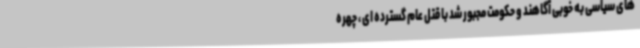
های سیاسی به خوبی آگاهند و حکومت مجبور شد با قتل عام گسترده ای ، چهره